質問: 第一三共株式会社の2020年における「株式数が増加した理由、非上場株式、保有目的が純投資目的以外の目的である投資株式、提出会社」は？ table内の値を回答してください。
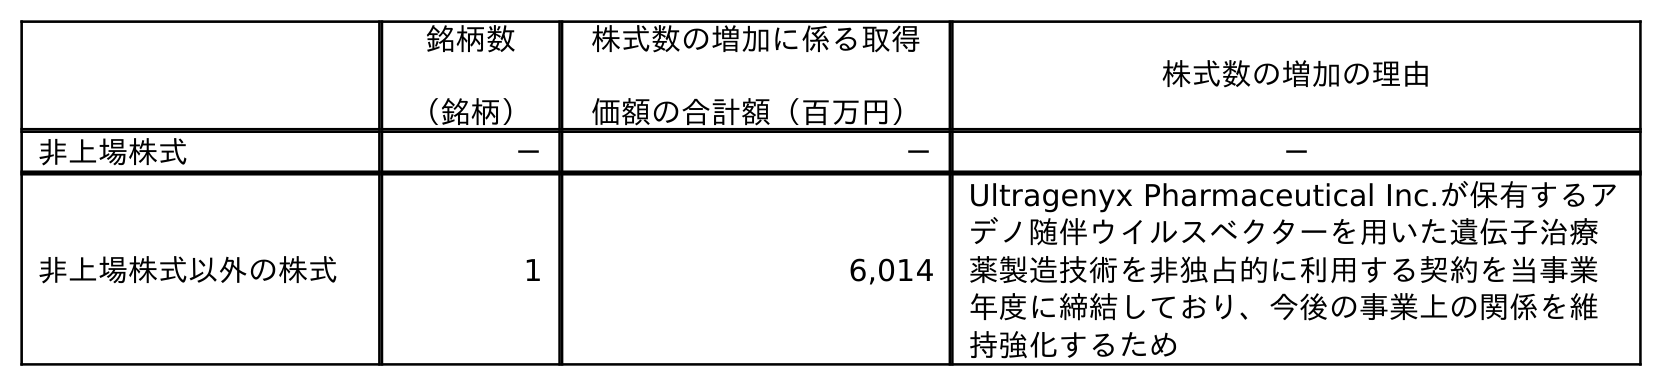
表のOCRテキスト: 銘柄数 （銘柄） 株式数の増加に係る取得 価額の合計額（百万円） 株式数の増加の理由 非上場株式 － － － 非上場株式以外の株式 1 6,014 Ultragenyx Pharmaceutical Inc.が保有するア デノ随伴ウイルスベクターを用いた遺伝子治療 薬製造技術を非独占的に利用する契約を当事業 年度に締結しており、今後の事業上の関係を維 持強化するため
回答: －